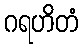
ဂရဟိတံ